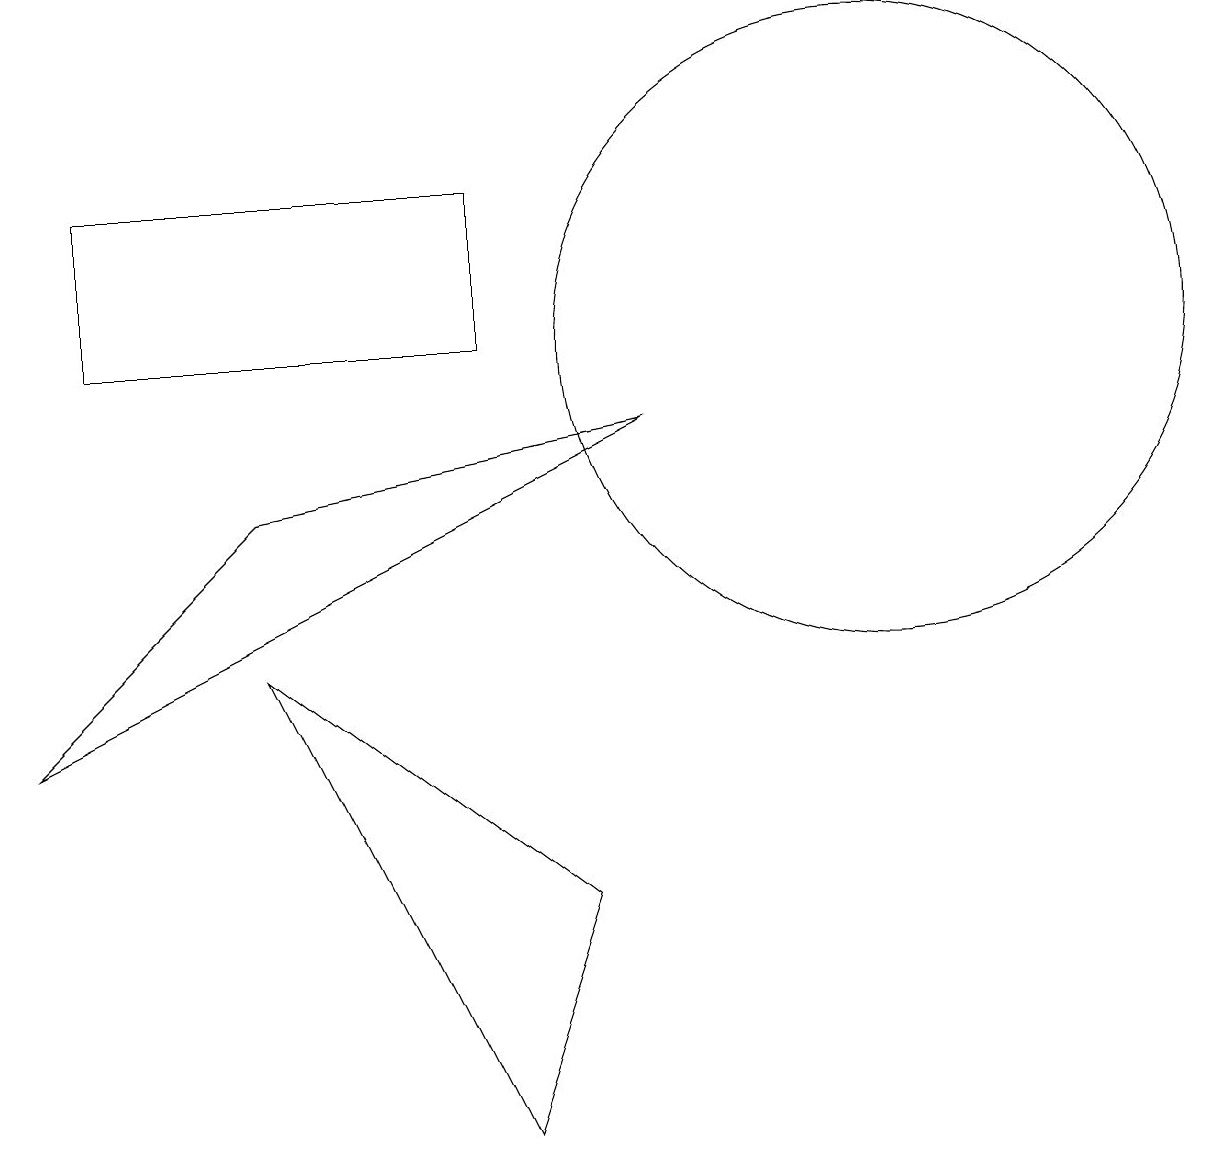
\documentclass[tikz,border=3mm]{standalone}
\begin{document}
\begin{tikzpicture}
\draw (7,0) -- (4,6) -- (8,3) -- cycle;
\draw (2,12) rectangle (7,10);
\draw (12,10) circle (4);
\draw (4,8) -- (1,5) -- (9,9) -- cycle;
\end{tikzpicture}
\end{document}